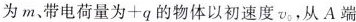
为m、带电荷量为+q的物体以初速度 v_{0}, 从A端